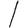
Digit: 1